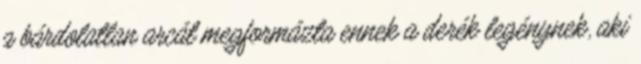
a bárdolatlan arcát megformázta ennek a derék legénynek, aki